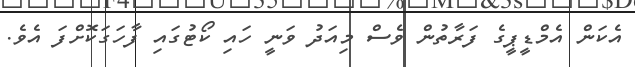
އެކަން އެމްޑީޕީގެ ފަރާތުން ވެސް މިއަދު ވަނީ ހައި ކޯޓުގައި ފާހަގަކޮށްފަ އެވެ.